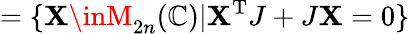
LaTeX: =\{ \mathbf{X}\inM_{2n}(\mathbb{{C}})|\mathbf{X}^{\mathrm{{T}}}J+J\mathbf{X}=0\}